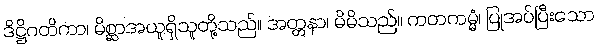
ဒိဋ္ဌိဂတိကာ၊ မိစ္ဆာအယူရှိသူတို့သည်။ အတ္တနာ၊ မိမိသည်။ ကတကမ္မံ၊ ပြုအပ်ပြီးသော